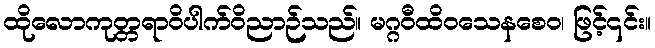
ထိုလောကုတ္တရာဝိပါက်ဝိညာဉ်သည်။ မဂ္ဂဝီထိဝသေနစေဝ၊ ဖြင့်၎င်း။